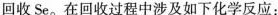
回收Se。在回收过程中涉及如下化学反应：